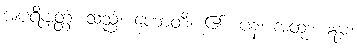
အပရိဗျတ္တံ၊ သည်။ ဟောတိ၊ ၏။ ပန၊ အထူး။ ဣဓ၊